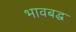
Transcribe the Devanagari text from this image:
भावबद्ध